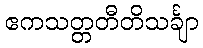
ဧကသတ္တတီတိသင်္ချာ